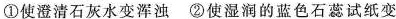
①使澄清石灰水变浑浊②使湿润的蓝色石蕊试纸变